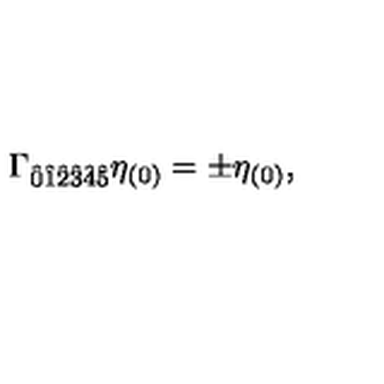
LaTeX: \Gamma _ { \hat { 0 } \hat { 1 } \hat { 2 } \hat { 3 } \hat { 4 } \hat { 5 } } \eta _ { ( 0 ) } = \pm \eta _ { ( 0 ) } ,